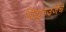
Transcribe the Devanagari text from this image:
विद्युतउर्जेचे